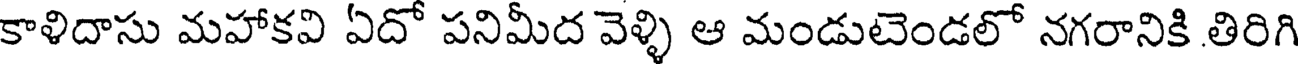
కాళిదాసు మహాకవి ఏదో పనిమీద వెళ్ళి ఆ మండుటెండలో నగరానికి తిరిగి